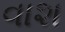
વાશ